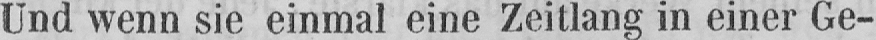
Und wenn sie einmal eine Zeitlang in einer Ge-